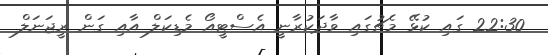
22:30 ގައި ކުޅޭ މެޗުގައި ވާދަކުރާނީ އެސްޓީއޯ މެޑިކަލް އާއި ގަން ރީޖަނަލް